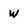
Character: W